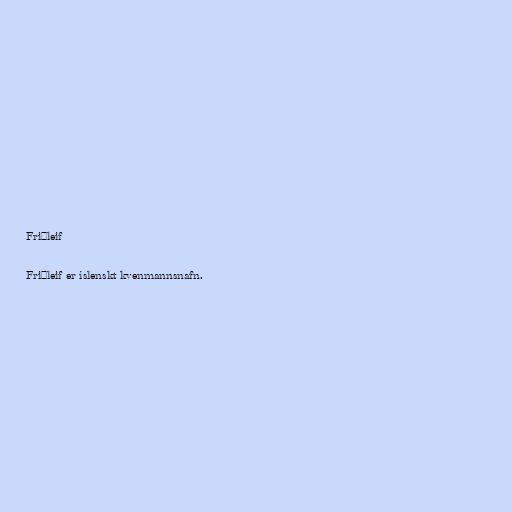
Friðleif

Friðleif er íslenskt kvenmannsnafn.